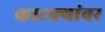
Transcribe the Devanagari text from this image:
काटक्यांवर